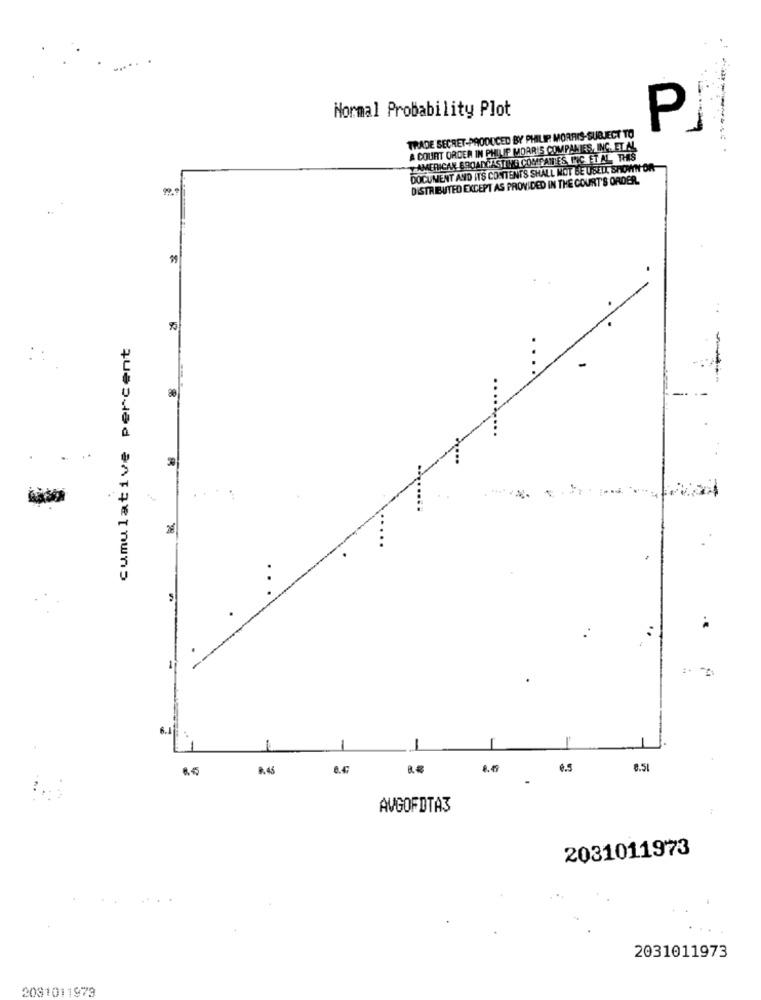
Normal Probability Plot
PJ
TRADE SECRET-PRODUCED BY PHILIP MORRIS-SUBJECT TO
A COURT ORDER IN PHILIP MORRIS COMPANIES, INC. ET AL
TAMERICAN BROADCASTING COMPANIES INC. ET AL. THIS
DOCUMENT AND ITS CONTENTS SHALL NOT BE USED SHOWN OR
DISTRIBUTED EXCEPT AS PROVIDED IN THE COURT'S ORDER.
cumulative percent
6.1
-
8.45
0.5
0.51
AVGOFDTA3
2031011973
2031011973
2081011973